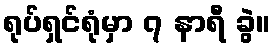
ရုပ်ရှင်ရုံမှာ ၇ နာရီ ခွဲ။